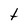
Character: t